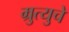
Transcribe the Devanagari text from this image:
म्रुत्युचे